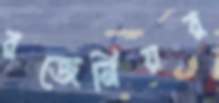
রজেনিয়র